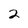
Character: 2